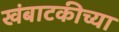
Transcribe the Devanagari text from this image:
खंबाटकीच्या